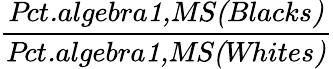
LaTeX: \frac{\textit{Pct.algebra1,MS(Blacks)}}{\textit{Pct.algebra1,MS(Whites)}}